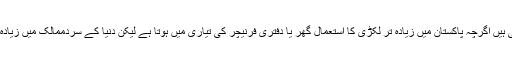
وہاں درختوں کی لکڑی سے مختلف اشیاء بھی بنائی جاتی ہیں اگرچہ پاکستان میں زیادہ تر لکڑی کا استعمال گھر یا دفتری فرنیچر کی تیاری میں ہوتا ہے لیکن دنیا کے سردممالک میں زیادہ تر گھروں کی تعمیر میں لکڑی کا استعمال کیا جاتا ہے۔